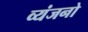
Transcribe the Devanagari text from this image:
व्‍यंजनो